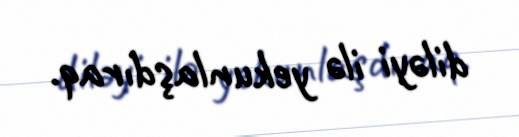
diləyi ilə yekunlaşdıraq.